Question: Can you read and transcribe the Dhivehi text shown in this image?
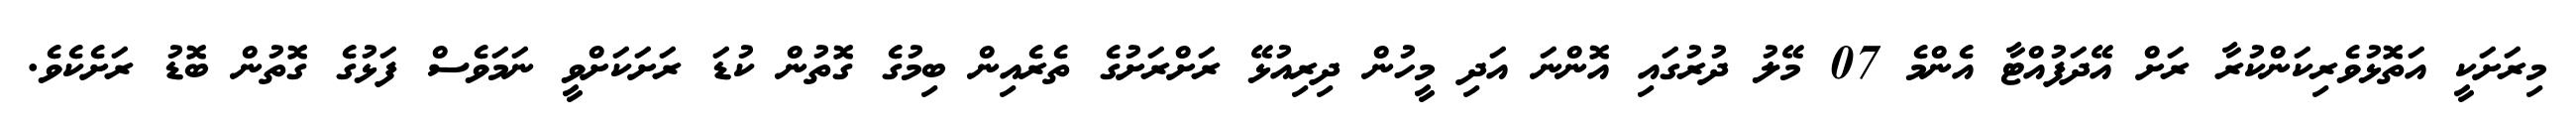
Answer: މިރަށަކީ އަތޮޅުވެރިކަންކުރާ ރަށް އޭދަފުއްޓާ އެންމެ 07 މޭލު ދުރުގައި އޮންނަ އަދި މީހުން ދިރިއުޅޭ ރަށްރަށުގެ ތެރެއިން ބިމުގެ ގޮތުން ކުޑަ ރަށަކަށްވީ ނަމަވެސް ފަޅުގެ ގޮތުން ބޮޑު ރަށެކެވެ.